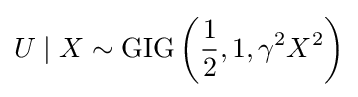
U\mid X\sim {\text{GIG}}\left({\frac {1}{2}},1,\gamma ^{2}X^{2}\right)